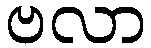
ဗလာ